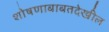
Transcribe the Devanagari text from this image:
शोषणाबाबतदेखील